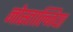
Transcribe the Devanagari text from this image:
नोस्ताल्जिया